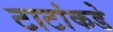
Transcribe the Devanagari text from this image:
टाटांकडे